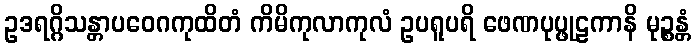
ဥဒရဂ္ဂိသန္တာပဝေဂကုထိတံ ကိမိကုလာကုလံ ဥပရူပရိ ဖေဏပုပ္ဖုဠကာနိ မုဉ္စန္တံ